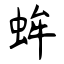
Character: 蛑